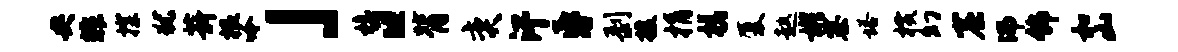
央非探犹薪根吟」檐“背奕汗昏剥援捐槎厦趑彬寨塔横幻窟沸饰和山